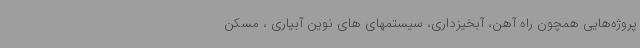
پروژه‌هایی همچون راه آهن، آبخیزداری، سیستمهای های نوین آبیاری ، مسکن